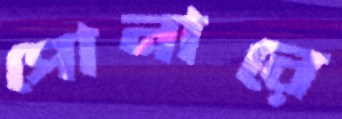
পোনারে